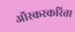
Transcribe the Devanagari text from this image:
ऑस्करकरिता